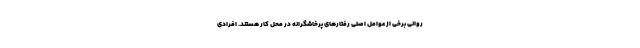
روانی برخی از عوامل اصلی رفتارهای پرخاشگرانه در محل کار هستند. افرادی